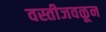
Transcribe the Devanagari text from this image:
वस्तीजवळून